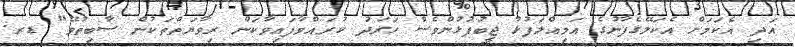
އަދި އެކަމަށް އެކަލޭގެފާނުގެ އަމިއްލަފުޅު ޖީބުފުޅުންވެސް ހަރަދު ކުރައްވާފައިވާކަން ރިވާޔަތްތަކުން ސާބިތުވޭ" ޑރ.